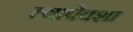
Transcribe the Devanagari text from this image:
त्यापेक्शा